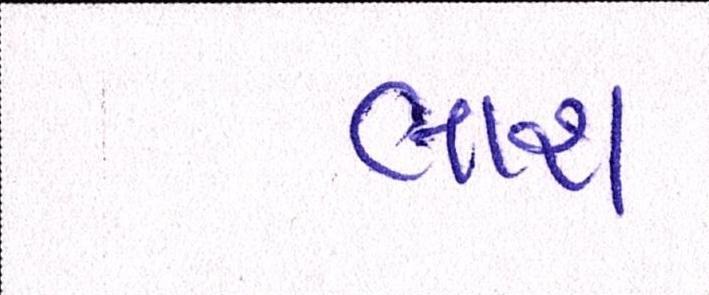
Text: લાશ